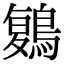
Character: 𪃃